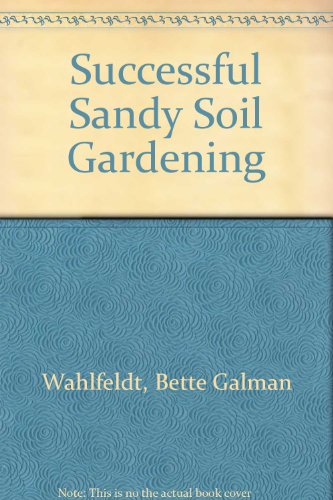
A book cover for Successful Sandy Soil Gardening; Bette Galman Wahlfeldt; Crafts, Hobbies & Home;